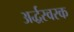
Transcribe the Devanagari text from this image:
अर्द्धस्वरक